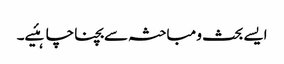
ایسے بحث و مباحثہ سے بچنا چاہئیے۔